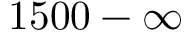
1 5 0 0 - \infty